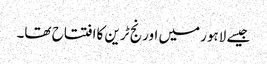
جیسے لاہورمیں اورنج ٹرین کاافتتاح تھا۔